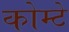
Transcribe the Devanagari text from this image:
कोम्टे